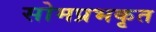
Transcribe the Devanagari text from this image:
सोमप्रभकृत